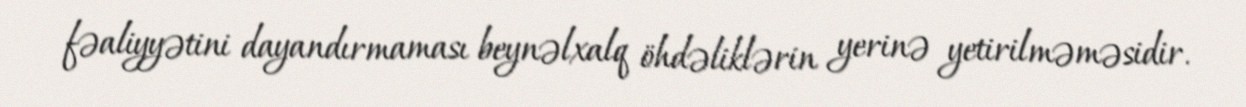
fəaliyyətini dayandırmaması beynəlxalq öhdəliklərin yerinə yetirilməməsidir.